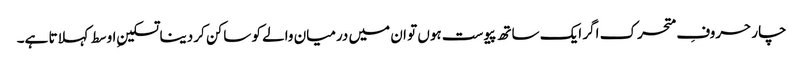
چار حروفِ متحرک اگر ایک ساتھ پیوست ہوں تو ان میں درمیان والے کو ساکن کر دینا تسکینِ اوسط کہلاتا ہے۔